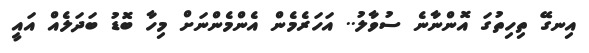
އިނގޭ ތިހިތުގަ އޮންނާނެ ސުވާލު.. އަހަރެމެން އެންމެންނަށް މިހާ ބޮޑު ބަދަލެއް އައީ